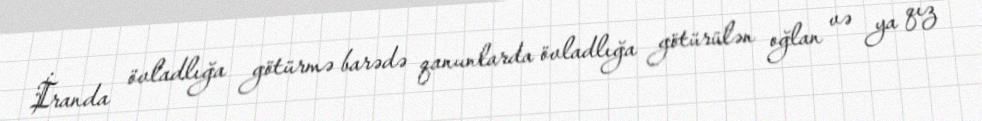
İranda övladlığa götürmə barədə qanunlarda övladlığa götürülən oğlan və ya qız